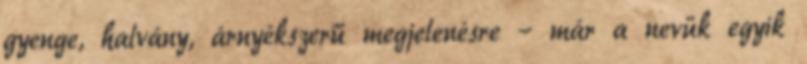
gyenge, halvány, árnyékszerű megjelenésre – már a nevük egyik